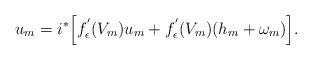
LaTeX: \begin{align*}u_m= i^*\Big[f_\epsilon^{'}(V_m)u_m+ f_\epsilon^{'}(V_m)( h_m+\omega_m)\Big].\end{align*}